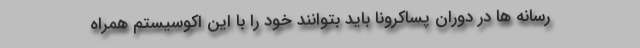
رسانه ها در دوران پساکرونا باید بتوانند خود را با این اکوسیستم همراه